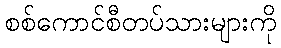
စစ်ကောင်စီတပ်သားများကို